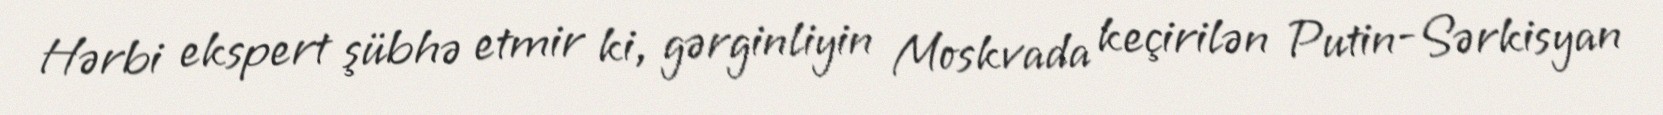
Hərbi ekspert şübhə etmir ki, gərginliyin Moskvada keçirilən Putin-Sərkisyan